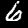
Label: 6